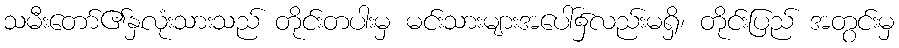
သမီးတော်၏နှလုံးသားသည် တိုင်းတပါးမှ မင်းသားများအပေါ်၌လည်းမရှိ၊ တိုင်းပြည် အတွင်းမှ